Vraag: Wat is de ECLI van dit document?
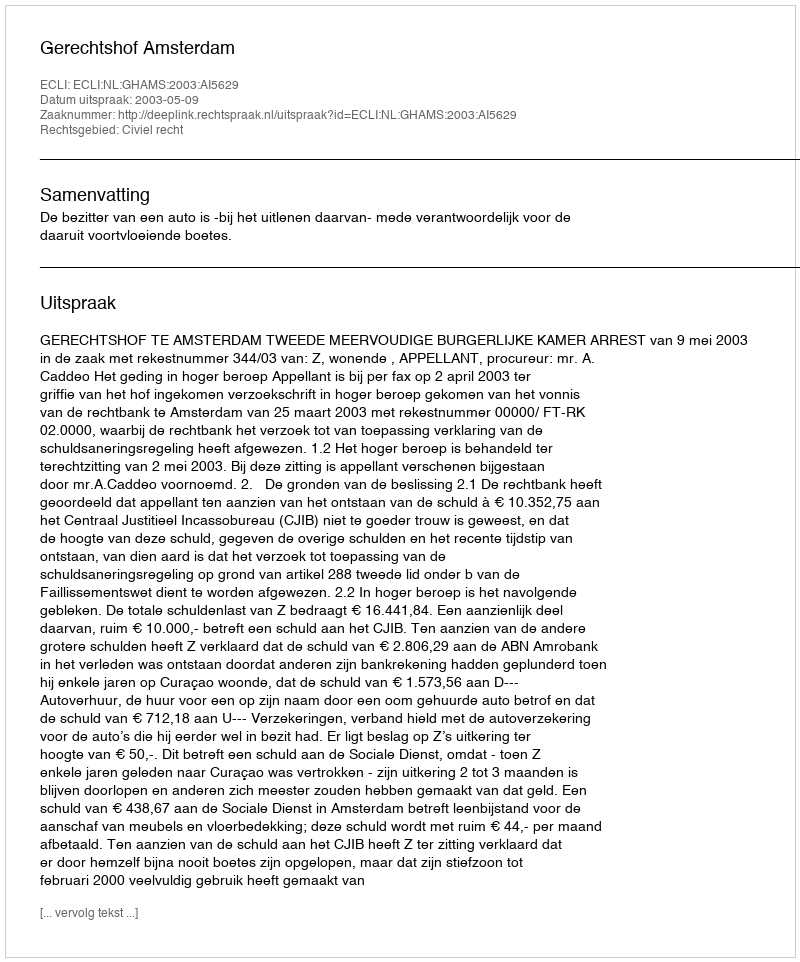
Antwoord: ECLI:NL:GHAMS:2003:AI5629